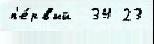
п'е́рвый  34 23